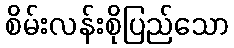
စိမ်းလန်းစိုပြည်သော